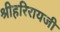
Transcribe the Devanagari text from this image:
श्रीहरिरायजी